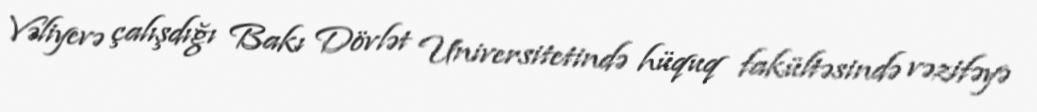
Vəliyevə çalışdığı Bakı Dövlət Universitetində hüquq fakültəsində vəzifəyə